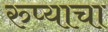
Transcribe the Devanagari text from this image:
रुप्याचा